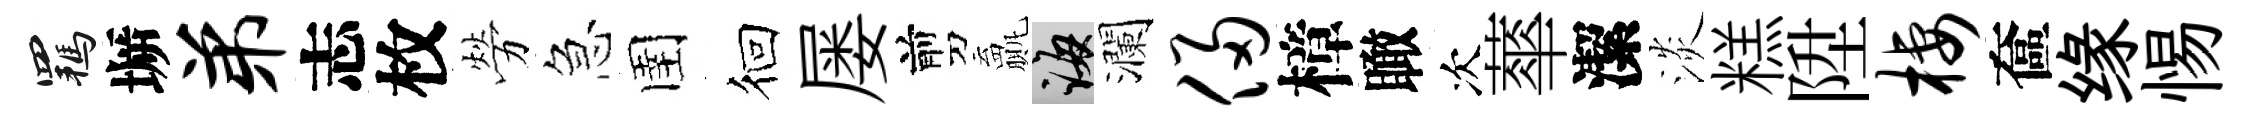
羈󶱲弟志枚勞急圉徊屡剪贏誨瀾侵樟瞰次蕐潔淡糕陞栖奩缘惕